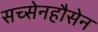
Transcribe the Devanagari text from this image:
सच्सेनहौसेन